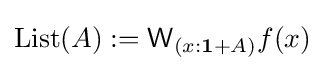
\operatorname {List} (A):={\mathsf {W}}_{(x:\mathbf {1} +A)}f(x)